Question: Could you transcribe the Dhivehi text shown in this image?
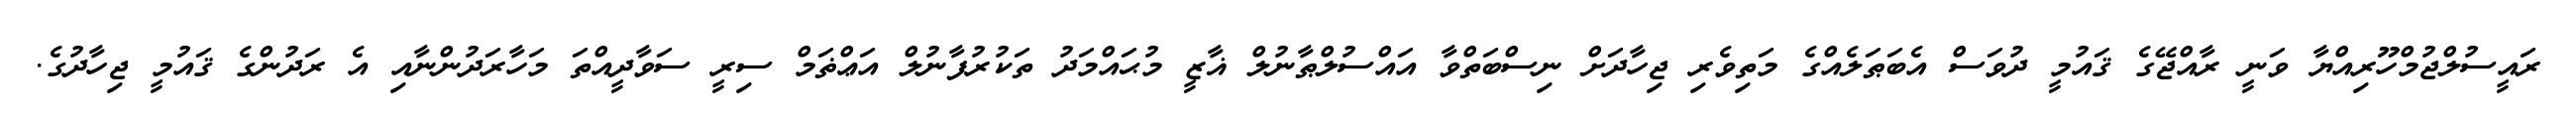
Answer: ރައީސުލްޖުމްހޫރިއްޔާ ވަނީ ރާއްޖޭގެ ޤައުމީ ދުވަސް އެބަޠަލެއްގެ މަތިވެރި ޖިހާދަށް ނިސްބަތްވާ އައްސުލްޠާނުލް ޣާޒީ މުޙައްމަދު ތަކުރުފާނުލް އަޢްޡަމް ސިރީ ސަވާދީއްތަ މަހާރަދުންނާއި އެ ރަދުންގެ ޤައުމީ ޖިހާދުގެ.